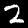
Label: 2